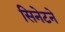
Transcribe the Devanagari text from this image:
सिनेटने